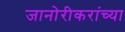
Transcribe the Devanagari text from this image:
जानोरीकरांच्या